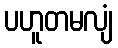
ပဟူတမလျံ